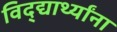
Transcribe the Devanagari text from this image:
विद्द्यार्थ्यांना